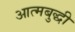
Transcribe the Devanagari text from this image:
आत्मबुद्धी